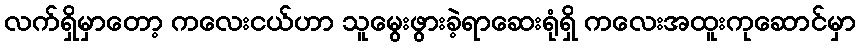
လက်ရှိမှာတော့ ကလေးငယ်ဟာ သူမွေးဖွားခဲ့ရာဆေးရုံရှိ ကလေးအထူးကုဆောင်မှာ